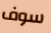
سوف